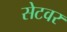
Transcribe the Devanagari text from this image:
सेटवर